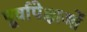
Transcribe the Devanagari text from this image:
पूर्वापेक्षाओं